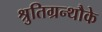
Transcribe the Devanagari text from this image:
श्रुतिग्रन्थौके